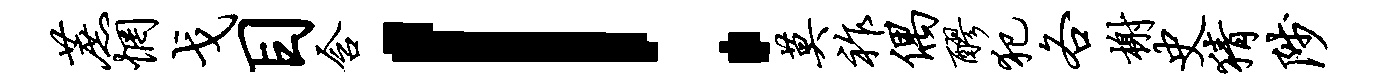
蔗惘戈目含！莫祚偶醪犯各榭史猜陟